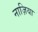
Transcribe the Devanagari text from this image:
नाज़िया